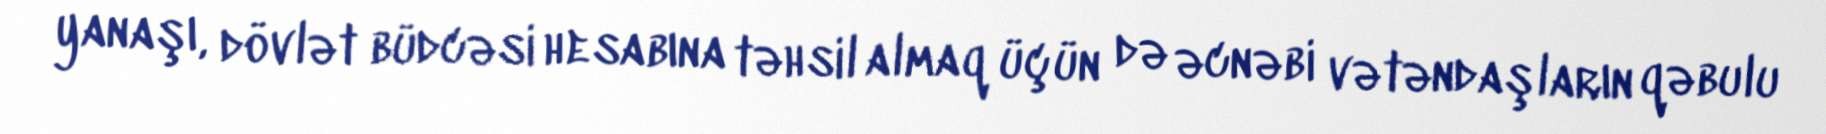
yanaşı, dövlət büdcəsi hesabına təhsil almaq üçün də əcnəbi vətəndaşların qəbulu